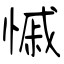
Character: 慽